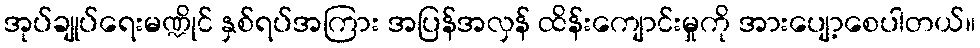
အုပ်ချုပ်ရေးမဏ္ဍိုင် နှစ်ရပ်အကြား အပြန်အလှန် ထိန်းကျောင်းမှုကို အားပျော့စေပါတယ်။